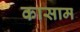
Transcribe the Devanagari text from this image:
कासाम